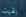
بقيت